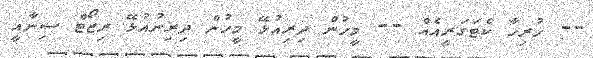
-- ހުރިހާ ކެޓަގަރީއެއް -- މީހުން ދިރިއުޅޭ މީހުން ދިރިނުއުޅޭ ރިޒޯޓް ސިނާއީ